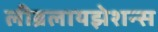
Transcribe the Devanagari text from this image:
लीब्रलायझेशन्स